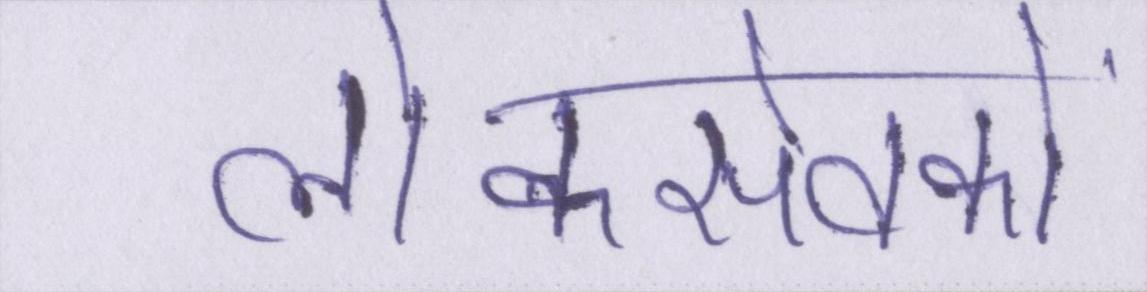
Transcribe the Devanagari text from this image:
लोकसेवकों